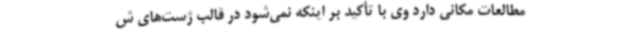
مطالعات مکانی دارد وی با تأکید بر اینکه نمی‌شود در قالب ژست‌های ش